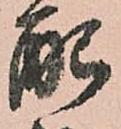
配